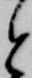
と